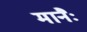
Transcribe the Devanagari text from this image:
मानैः